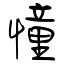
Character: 憧